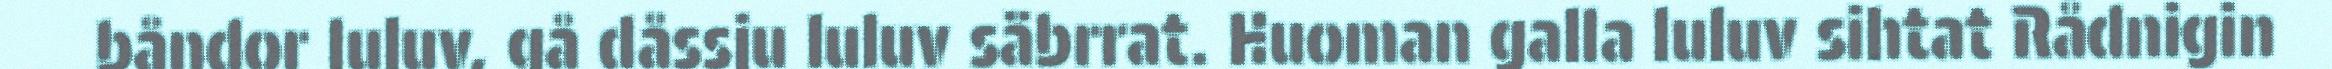
båndor luluv, gå dåssju luluv säbrrat. Huoman galla luluv sihtat Rådnigin